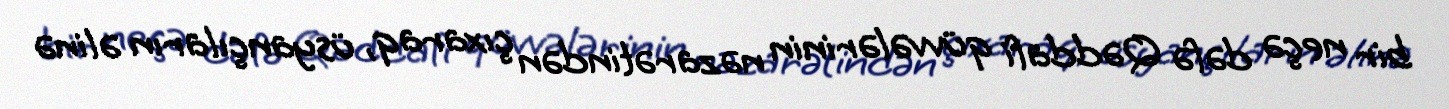
bir neçə dəfə Qəddafi qüvvələrinin nəzarətindən çıxaraq, üsyançıların əlinə